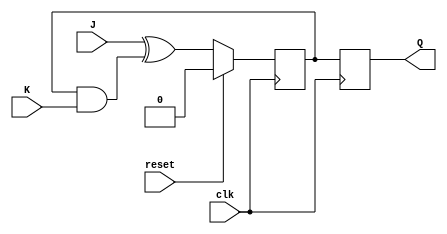
module jk_flipflop (
    input wire clk,
    input wire reset,
    input wire J,
    input wire K,
    output reg Q
);

reg master_ff, slave_ff;

always @(posedge clk) begin
    if (reset) begin
        master_ff <= 1'b0;
    end else begin
        master_ff <= J ^ (master_ff && K);
    end
end

always @(negedge clk) begin
    slave_ff <= master_ff;
end

assign Q = slave_ff;

endmodule